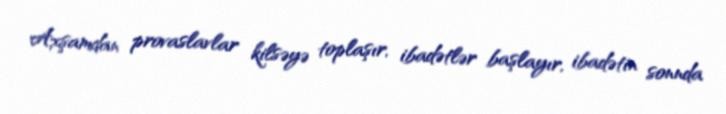
Axşamdan provaslavlar kilsəyə toplaşır, ibadətlər başlayır, ibadətin sonnda